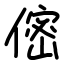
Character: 㑻